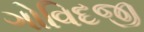
ગોવિદજી